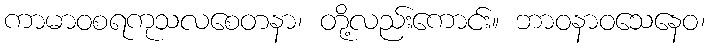
ကာမာဝစရကုသလစေတနာ၊ တို့လည်းကောင်း။ ဘာဝနာဝသေနေဝ၊